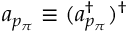
a _ { p _ { \pi } } \equiv ( a _ { p _ { \pi } } ^ { \dagger } ) ^ { \dagger }